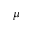
\mu